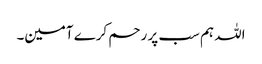
اللہ ہم سب پر رحم کرے آمین۔